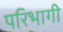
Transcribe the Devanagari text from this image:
परिभागी